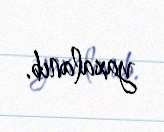
yaxalanıb.